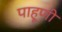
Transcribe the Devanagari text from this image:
पाहूणी